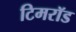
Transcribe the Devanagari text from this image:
टिमरॉड